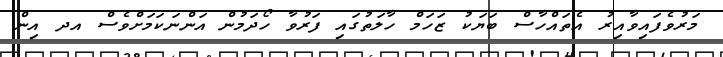
މަރުވެފައިވާއިރު އެތައްހާސް ބަޔަކު ޒަހަމް ހާލަތުގައި ފަރުވާ ހޯދަމުން އަންނަކަމަށްވެސް އދ އިން